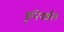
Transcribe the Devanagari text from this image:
यूनिवर्शल